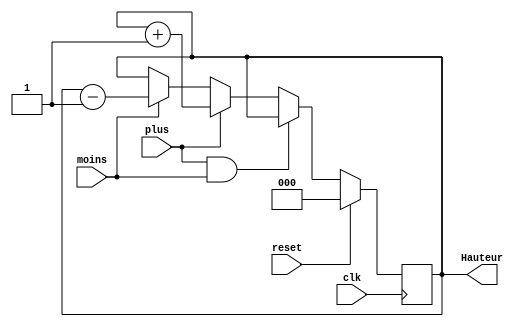
`timescale 1ns / 1ps
//////////////////////////////////////////////////////////////////////////////////
// Company: 
// Engineer: 
// 
// Design Name: 
// Module Name:    Pile 
// Project Name: 
// Target Devices: 
// Tool versions: 
// Description: 
//
// Dependencies: 
//
// Revision: 
// Revision 0.01 - File Created
// Additional Comments: 
//
//////////////////////////////////////////////////////////////////////////////////
module Pile(
    input plus,
    input moins,
    input reset,
    input clk,
    output reg [2:0] Hauteur
    );
	 
	 always @(posedge clk)begin
		if(reset)
			Hauteur<=0;
		else if (plus && moins)
			Hauteur<=Hauteur;
		else if (plus)
			Hauteur<=Hauteur+1;
		else if (moins)
			Hauteur<=Hauteur-1'b1;
		else
			Hauteur<=Hauteur;
	 end


endmodule